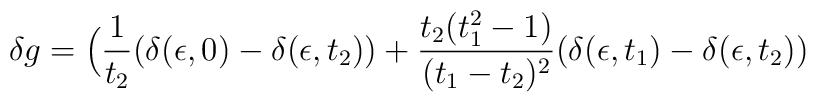
\delta g =  \Big({1\over t_2}(\delta (\epsilon, 0) - \delta(\epsilon, t_2)) + {t_2 (t_1^2 - 1)\over (t_1 - t_2)^2} (\delta (\epsilon, t_1)- \delta (\epsilon, t_2))